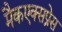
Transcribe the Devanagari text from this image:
मैकएक्सप्रेस